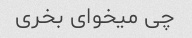
چی میخوای بخری